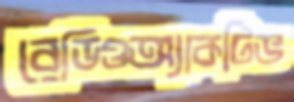
রেডিওঅ্যাকটিভ